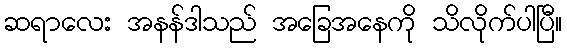
ဆရာလေး အနန်ဒါသည် အခြေအနေကို သိလိုက်ပါပြီ။